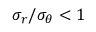
\sigma _ { r } / \sigma _ { \theta } < 1